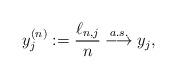
LaTeX: \begin{align*}y_j^{(n)} := \frac{\ell_{n,j}}{n} \overset{a.s.}{\longrightarrow} y_j,\end{align*}